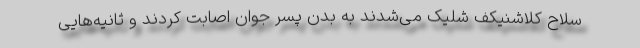
سلاح کلاشنیکف شلیک می‌شدند به بدن پسر جوان اصابت کردند و ثانیه‌هایی